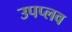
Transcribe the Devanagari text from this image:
उपप्लव